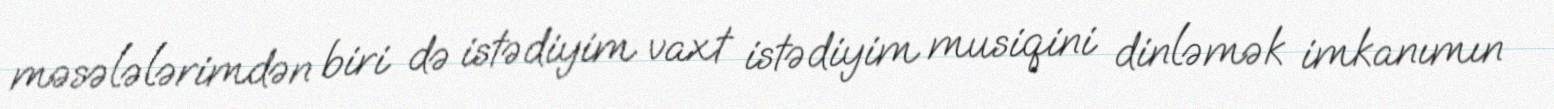
məsələlərimdən biri də istədiyim vaxt istədiyim musiqini dinləmək imkanımın